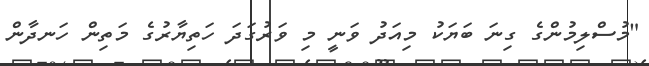
"މުސްލިމުންގެ ގިނަ ބަޔަކު މިއަދު ވަނީ މި ވަރުގަދަ ހަތިޔާރުގެ މަތިން ހަނދާން